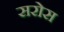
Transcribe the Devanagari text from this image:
सरोस